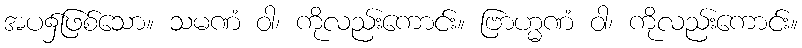
အပ၌ဖြစ်သော။ သမဏံ ဝါ၊ ကိုလည်းကောင်း။ ဗြာဟ္မဏံ ဝါ၊ ကိုလည်းကောင်း။